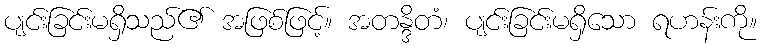
ပျင်းခြင်းမရှိသည်၏ အဖြစ်ဖြင့်။ အတန္ဒိတံ၊ ပျင်းခြင်းမရှိသော ရဟန်းကို။